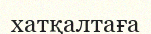
хатқалтаға